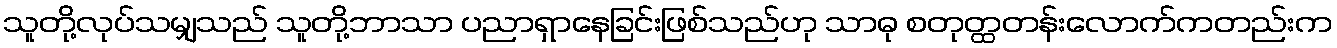
သူတို့လုပ်သမျှသည် သူတို့ဘာသာ ပညာရှာနေခြင်းဖြစ်သည်ဟု သာဓု စတုတ္ထတန်းလောက်ကတည်းက